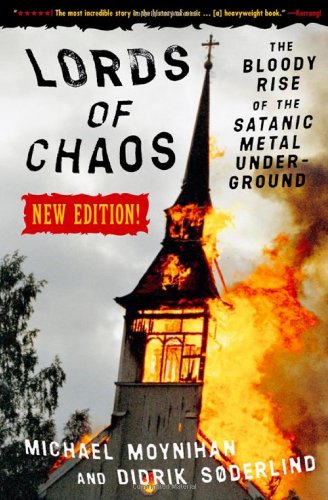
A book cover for Lords of Chaos: The Bloody Rise of the Satanic Metal Underground New Edition; Michael Moynihan; Religion & Spirituality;